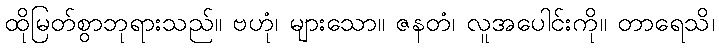
ထိုမြတ်စွာဘုရားသည်။ ဗဟုံ၊ များသော။ ဇနတံ၊ လူအပေါင်းကို။ တာရေသိ၊